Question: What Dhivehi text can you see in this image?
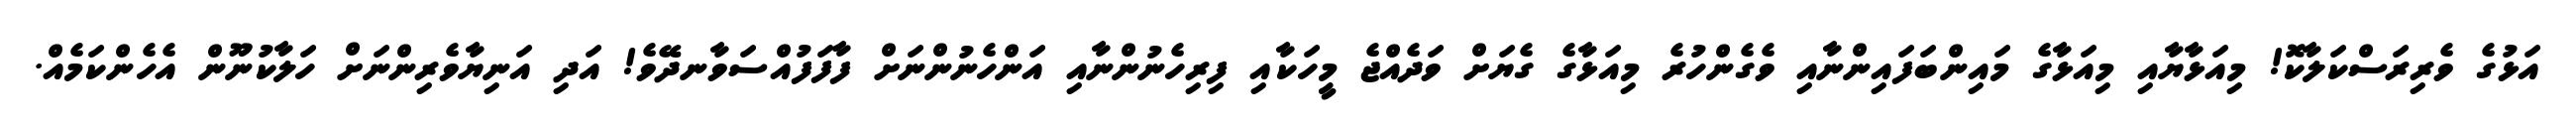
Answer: އަޅުގެ ވެރިރަސްކަލާކޮ! މިއަޅާޔާއި މިއަޅާގެ މައިންބަފައިންނާއި ވެގެންހުރެ މިއަޅާގެ ގެޔަށް ވަދެއްޖެ މީހަކާއި ފިރިހެނުންނާއި އަންހެނުންނަށް ފާފަފުއްސަވާނދޭވެ! އަދި އަނިޔާވެރިންނަށް ހަލާކުނޫން އެހެންކަމެއް.